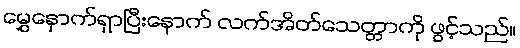
မွှေနှောက်ရှာပြီးနောက် လက်အိတ်သေတ္တာကို ဖွင့်သည်။